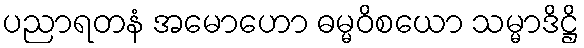
ပညာရတနံ အမောဟော ဓမ္မဝိစယော သမ္မာဒိဋ္ဌိ